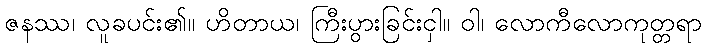
ဇနဿ၊ လူခပင်း၏။ ဟိတာယ၊ ကြီးပွားခြင်းငှါ။ ဝါ၊ လောကီလောကုတ္တရာ